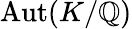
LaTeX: \operatorname{Aut}(K/\mathbb{Q})